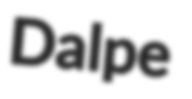
Dalpe